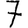
Digit: 7